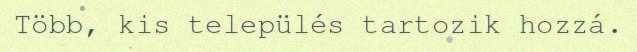
Több, kis település tartozik hozzá.